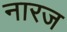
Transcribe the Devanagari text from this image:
नारज